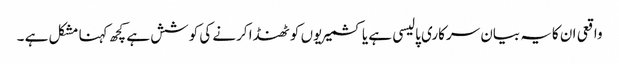
واقعی ان کایہ بیان سرکاری پالیسی ہے یا کشمیریوں کو ٹھنڈا کرنے کی کوشش ہے کچھ کہنا مشکل ہے ۔